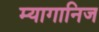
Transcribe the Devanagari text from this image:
म्यागानिज